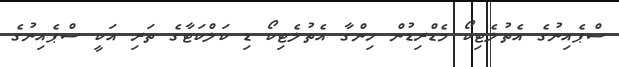
ސްޕެއިނުގެ އެތުލެޓިކޯ މެޑްރިޑުން ހިންގާ އެތުލެޓިކޯ ޑި ކަލްކަޓާގެ ތަރި އަކީ ސްޕެއިނުގެ